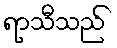
ရာသီသည်